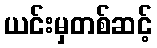
ယင်းမှတစ်ဆင့်